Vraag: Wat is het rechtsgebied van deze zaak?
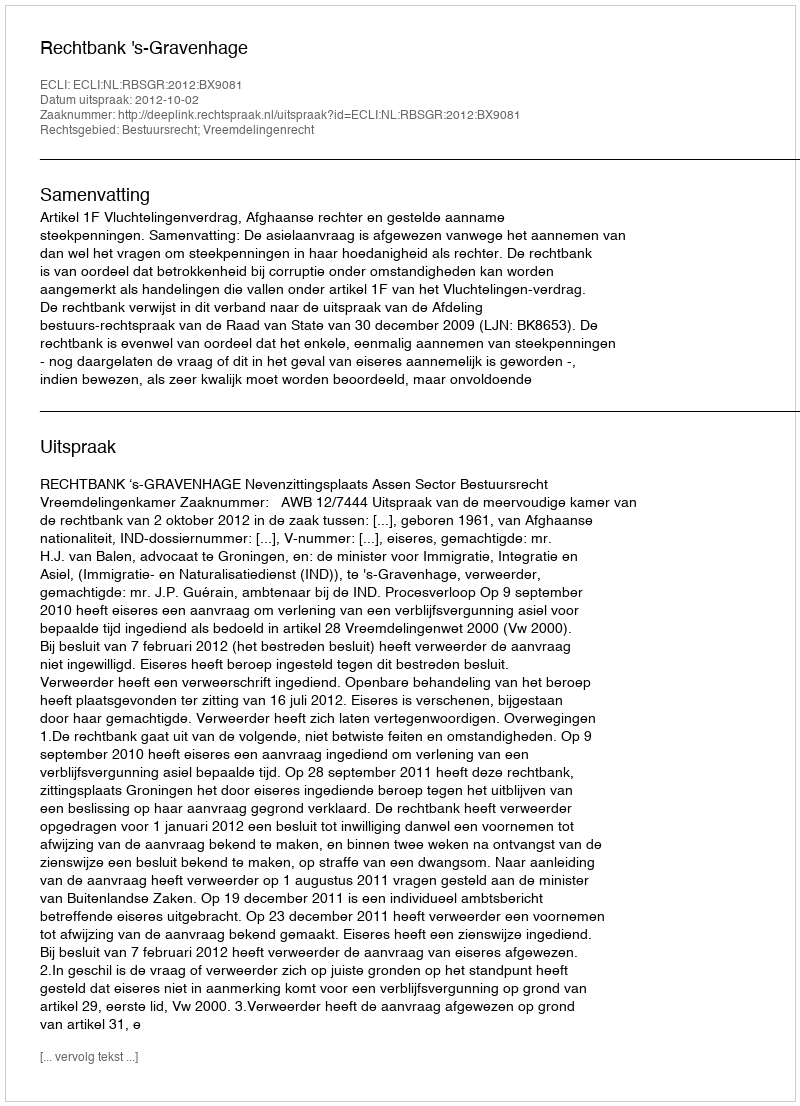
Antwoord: Bestuursrecht; Vreemdelingenrecht